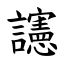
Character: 䜢